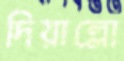
দিয়াল্লো